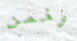
وخمن